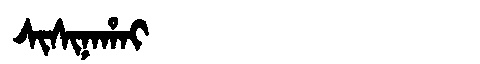
Manchu: ᠰᡳᠰᡳᠨᠠᡥᠠᡳ
Romanization: SISINAHAI